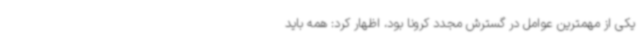
یکی از مهمترین عوامل در گسترش مجدد کرونا بود، اظهار کرد: همه باید